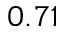
0 . 7 1